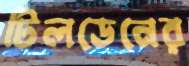
টিলডেনের